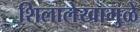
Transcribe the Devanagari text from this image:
शिलालेखामुळे